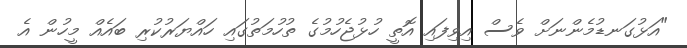
"އަޅުގަނޑުމެންނަށް ވެސް އިވިފައި އޮތީ ހުޅުޖެހުމުގެ ތުހުމަތުގައި ހައްޔަރުކުރި ބައެއް މީހުން އެ